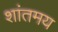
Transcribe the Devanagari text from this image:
शांतमय